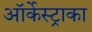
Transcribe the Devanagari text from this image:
ऑर्केस्ट्राका